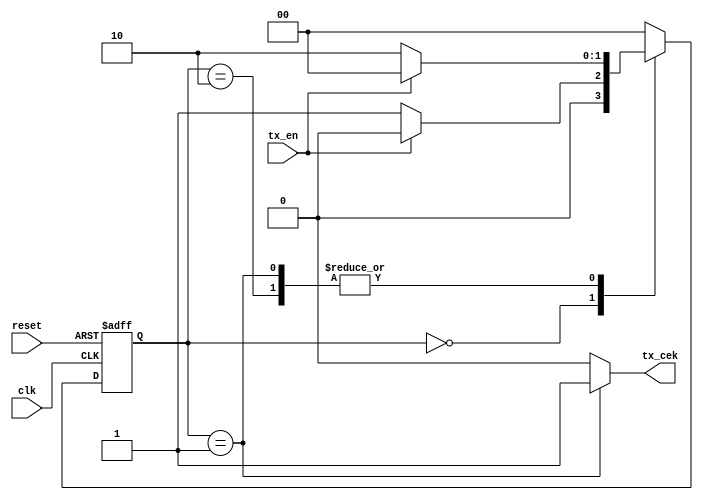
module shift(input clk,
                  input reset,
                  input tx_en,
                  output reg tx_cek);

reg [1:0] state, next;
parameter st0 = 2'b00;
parameter st1 = 2'b01;
parameter st2 = 2'b10;



always @(posedge clk or negedge reset)
begin
       if(~reset) state <= st0;
       else state <= next;
end

always @(*)
begin
 case(state)
 
      st0: if(tx_en) next <= st0;
           else next <= st1;
      st1: if(tx_en) next <= st0;
           else next <= st2;
      st2: if(tx_en) next <= st0;
           else next <= st2;
      default: next <= st0;
endcase
end

always @(*)
begin 
      if(state == st1) tx_cek <= 1;
      else tx_cek <= 0;
end

endmodule